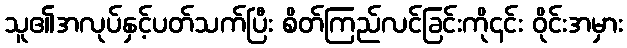
သူ၏အလုပ်နှင့်ပတ်သက်ပြီး စိတ်ကြည်လင်ခြင်းကို၎င်း ဝိုင်းအမှား